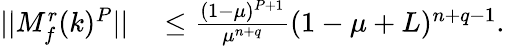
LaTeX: \begin{array}{rl}{\lvert|M_{f}^{r}(k)^{P}\rvert|}&{{}\leq\frac{(1-\mu)^{P+1}}{\mu^{n+q}}(1-\mu+L)^{n+q-1}.}\end{array}